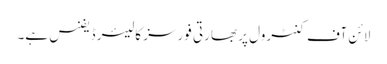
لائن آف کنٹرول پر بھارتی فورسز کا لیئر ڈیفنس ہے۔